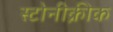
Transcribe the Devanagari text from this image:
स्टोनीक्रीक